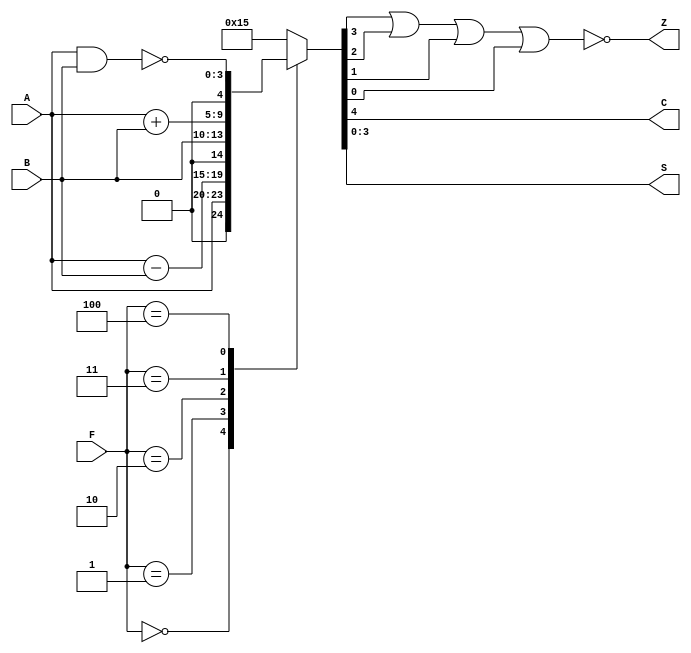
 // Univeridad del Valle de Guatemala
// Proyecto final, Procesador
// Estephan Portales
// 19826


module Alu(input [3:0] A, B,
           input [3:0] F,
           output C, Z,
           output [3:0] S);
//variable en donde se guarda la salida
    reg [4:0] regS;
// Operaciones del la ALU
    always @ (A, B, F)
        case (F)
            3'b000: regS = A;
            3'b001: regS = A - B;
            3'b010: regS = B;
            3'b011: regS = A + B;
            3'b100: regS = {1'b0, ~(A & B)};
            default: regS = 5'b10101;
        endcase
// Salidas a los puertos de la ALU
    assign S = regS[3:0];
    assign C = regS[4];
    assign Z = ~(regS[3] | regS[2] | regS[1] | regS[0]);

endmodule